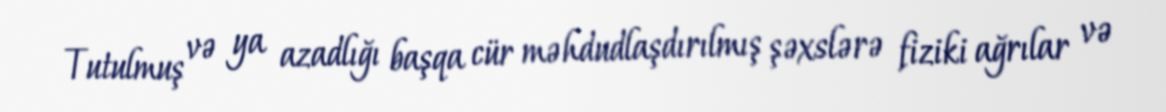
Tutulmuş və ya azadlığı başqa cür məhdudlaşdırılmış şəxslərə fiziki ağrılar və